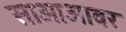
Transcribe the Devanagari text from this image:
साओआवर